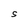
Character: S